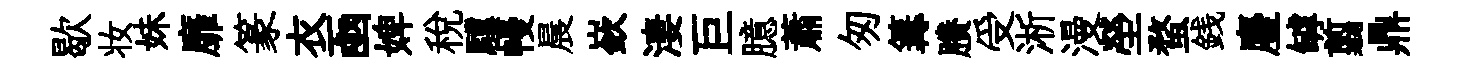
歇妆妹靡篆衣凾婢税驥幔晨嶔淒巨臆蕭匆篝賸受淅漫塋蝥銭麈罅翦鼎